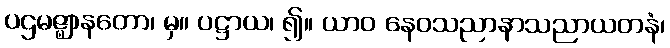
ပဌမဇ္ဈာနတော၊ မှ။ ပဋ္ဌာယ၊ ၍။ ယာဝ နေဝသညာနာသညာယတနံ၊